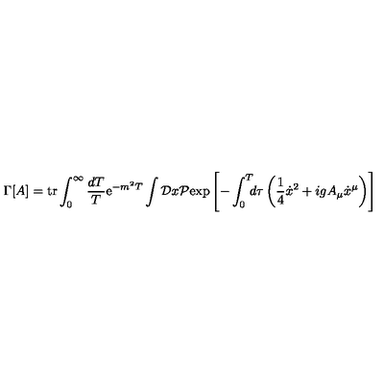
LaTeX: \Gamma \lbrack A \rbrack = \mathrm { t r } \int _ { 0 } ^ { \infty } { \frac { d T } { T } } \mathrm { e } ^ { - m ^ { 2 } T } \int { \cal D } x { \cal P } \mathrm { e x p } \left[ - \int _ { 0 } ^ { T } \! \! \! d \tau \left( { \frac { 1 } { 4 } } { \dot { x } } ^ { 2 } + i g A _ { \mu } \dot { x } ^ { \mu } \right) \right]